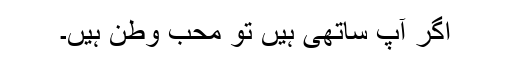
اگر آپ ساتھی ہیں تو محب وطن ہیں۔